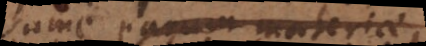
sume parum materiae